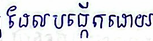
ដែលបង្កើតដោយ